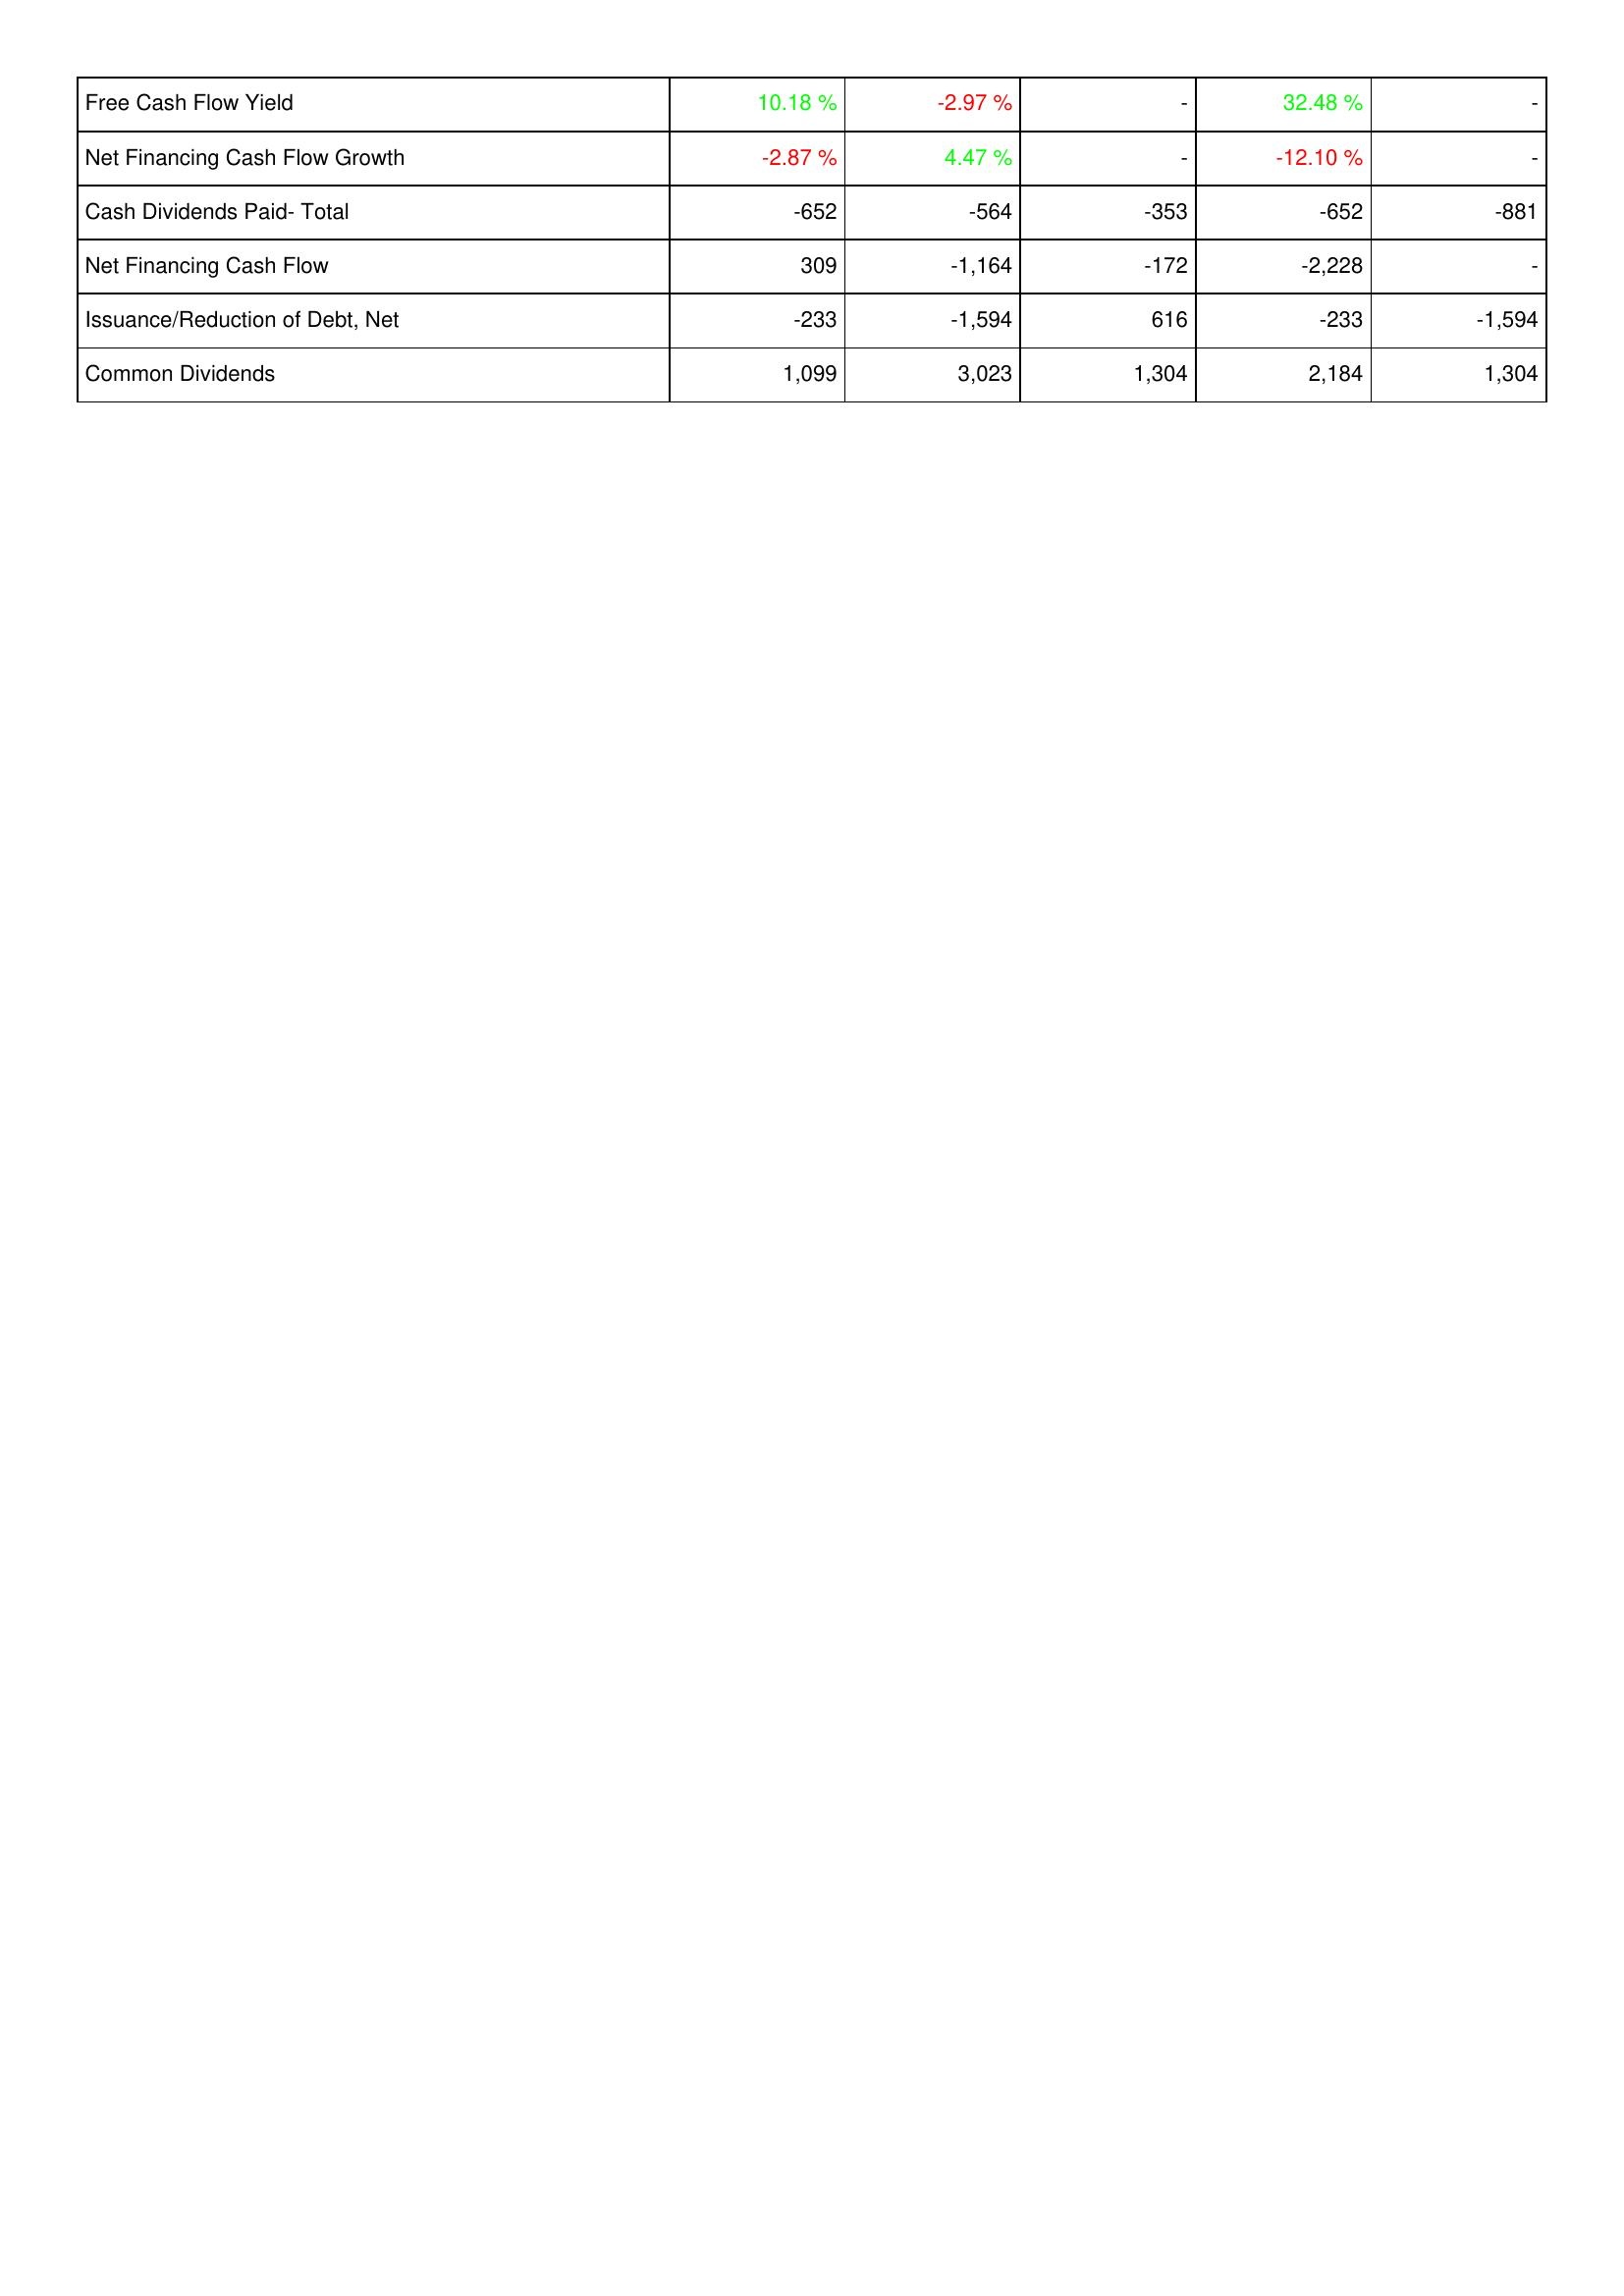
2009: Financing Activities: Free Cash Flow Yield: 10.18 %
Net Financing Cash Flow Growth: -2.87 %
Cash Dividends Paid- Total: -652
Net Financing Cash Flow: 309
Issuance/Reduction of Debt, Net: -233
Common Dividends: 1,099
2010: Financing Activities: Free Cash Flow Yield: -2.97 %
Net Financing Cash Flow Growth: 4.47 %
Cash Dividends Paid- Total: -564
Net Financing Cash Flow: -1,164
Issuance/Reduction of Debt, Net: -1,594
Common Dividends: 3,023
2011: Financing Activities: Free Cash Flow Yield: -
Net Financing Cash Flow Growth: -
Cash Dividends Paid- Total: -353
Net Financing Cash Flow: -172
Issuance/Reduction of Debt, Net: 616
Common Dividends: 1,304
2012: Financing Activities: Free Cash Flow Yield: 32.48 %
Net Financing Cash Flow Growth: -12.10 %
Cash Dividends Paid- Total: -652
Net Financing Cash Flow: -2,228
Issuance/Reduction of Debt, Net: -233
Common Dividends: 2,184
2013: Financing Activities: Free Cash Flow Yield: -
Net Financing Cash Flow Growth: -
Cash Dividends Paid- Total: -881
Net Financing Cash Flow: -
Issuance/Reduction of Debt, Net: -1,594
Common Dividends: 1,304